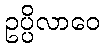
ဥပ္ပိလာဝေ